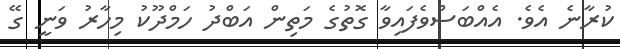
ކުރާނެ އެވެ. އެއްބަސްވެފައިވާ ގޮތުގެ މަތިން އަބްދު ހަމްދޫކު މިހާރު ވަނީ ގޭ